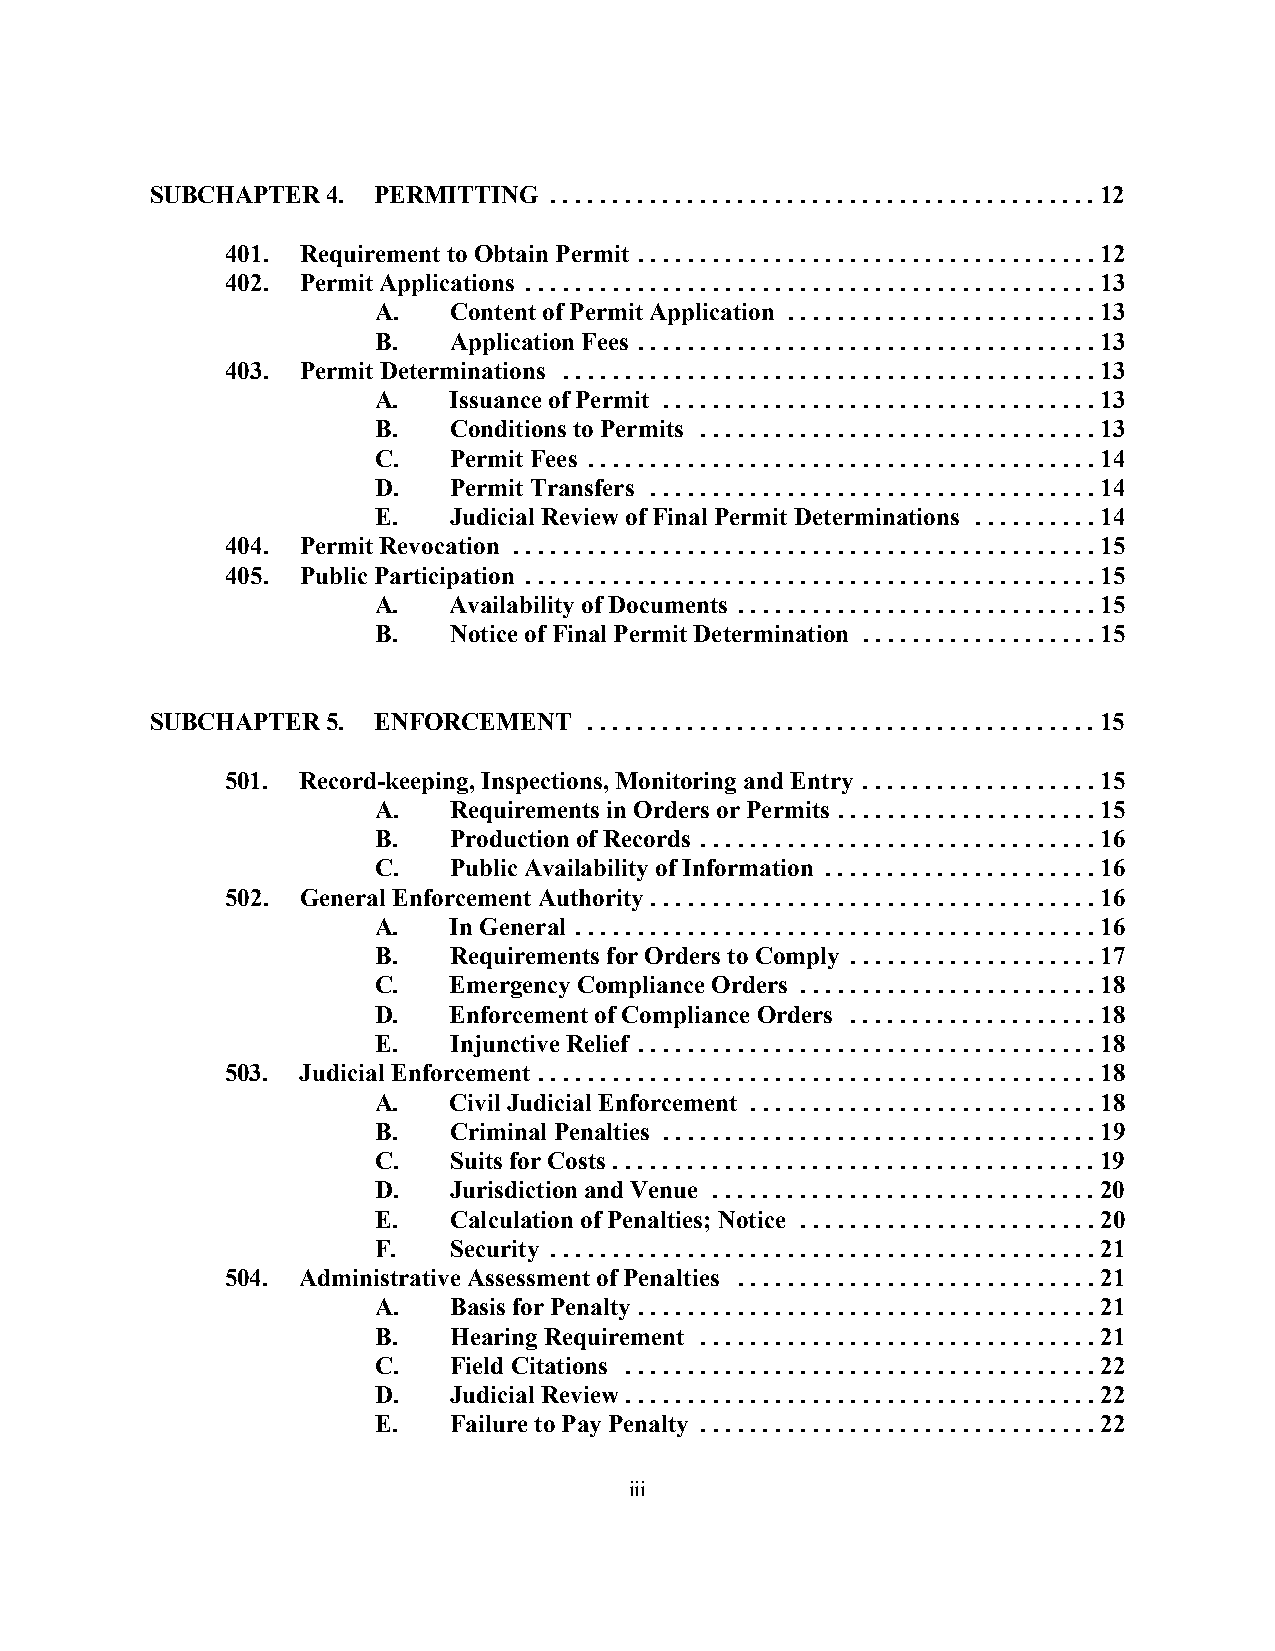
SUBCHAPTER  4. PERMITTING ............................................12
 401. Requirement to Obtain Permit .....................................12
 402. Permit Applications ..............................................13
 A.   Content of Permit Application .........................13
 B.   Application Fees .....................................13
 403. Permit Determinations ...........................................13
 A.   Issuance of Permit ...................................13
 B.   Conditions to Permits ...... ..........................13
 C.   Permit Fees .........................................14
 D.   Permit Transfers .......... ..........................14
 E.   Judicial Review of Final Permit Determinations ..........14
 404. Permit Revocation ...............................................15
 405. Public Participation ..............................................15
 A.   Availability of Documents .............................15
 B.   Notice of Final Permit Determination ...................15
 SUBCHAPTER  5. ENFORCEMENT   .............................. ...........15
 501. Record-keeping, Inspections, Monitoring and Entry ...................15
 A.   Requirements in Orders or Permits .....................15
 B.   Production of Records ................................16
 C.   Public Availability of Information ......................16
 502. General Enforcement Authority ....................................16
 A.   In General ..........................................16
 B.   Requirements for Orders to Comply ....................17
 C.   Emergency Compliance Orders ........................18
 D.   Enforcement of Compliance Orders ....................18
 E.   Injunctive Relief .....................................18
 503. Judicial Enforcement .............................................18
 A.   Civil Judicial Enforcement ............................18
 B.   Criminal Penalties ...................................19
 C.   Suits for Costs .......................................19
 D.   Jurisdiction and Venue ...............................20
 E.   Calculation of Penalties; Notice ........................20
 F.   Security ............................................21
 504. Administrative Assessment of Penalties .............................21
 A.   Basis for Penalty .....................................21
 B.   Hearing Requirement ................................21
 C.   Field Citations ......................................22
 D.   Judicial Review......................................22
 E.   Failure to Pay Penalty ................................22
 iii